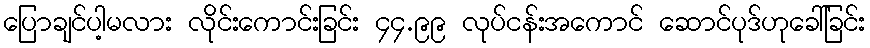
ပြောချင်ပါ့မလား လိုင်းကောင်းခြင်း ၄၄.၉၉ လုပ်ငန်းအကောင် ဆောင်ပုဒ်ဟုခေါ်ခြင်း